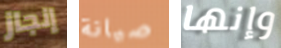
إنجاز صيانة وإنها